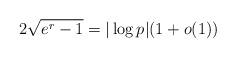
LaTeX: \begin{align*} 2\sqrt{e^r-1} =|\log p| (1+o(1))\end{align*}